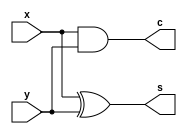
module HA(s, c, x, y);
input x, y;
output s, c;

assign s = x ^ y;
assign c = x & y;
  
endmodule